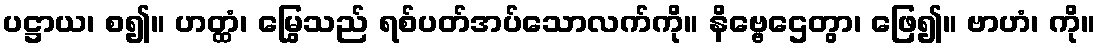
ပဋ္ဌာယ၊ စ၍။ ဟတ္ထံ၊ မြွေသည် ရစ်ပတ်အပ်သောလက်ကို။ နိဗ္ဗေဌေတွာ၊ ဖြေ၍။ ဗာဟံ၊ ကို။